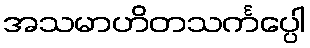
အသမာဟိတသင်္ကပ္ပေါ